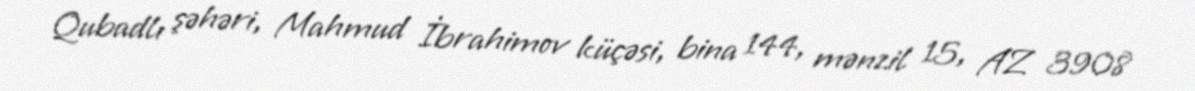
Qubadlı şəhəri, Mahmud İbrahimov küçəsi, bina 144, mənzil 15, AZ 3908